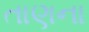
તાણના